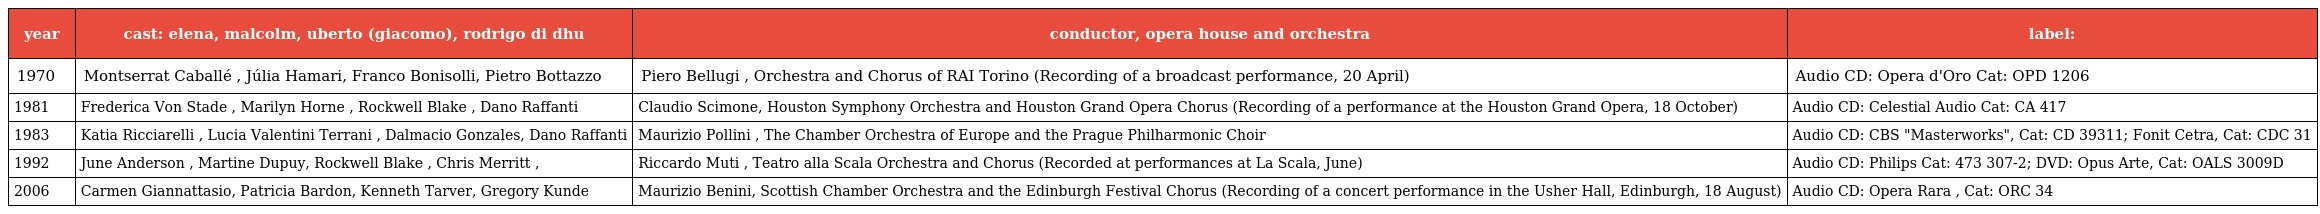
| year | cast: elena, malcolm, uberto (giacomo), rodrigo di dhu | conductor, opera house and orchestra | label: |
 | --- | --- | --- | --- |
 | 1970 | Montserrat Caballé , Júlia Hamari, Franco Bonisolli, Pietro Bottazzo | Piero Bellugi , Orchestra and Chorus of RAI Torino (Recording of a broadcast performance, 20 April) | Audio CD: Opera d'Oro Cat: OPD 1206 |
 | 1981 | Frederica Von Stade , Marilyn Horne , Rockwell Blake , Dano Raffanti | Claudio Scimone, Houston Symphony Orchestra and Houston Grand Opera Chorus (Recording of a performance at the Houston Grand Opera, 18 October) | Audio CD: Celestial Audio Cat: CA 417 |
 | 1983 | Katia Ricciarelli , Lucia Valentini Terrani , Dalmacio Gonzales, Dano Raffanti | Maurizio Pollini , The Chamber Orchestra of Europe and the Prague Philharmonic Choir | Audio CD: CBS "Masterworks", Cat: CD 39311; Fonit Cetra, Cat: CDC 31 |
 | 1992 | June Anderson , Martine Dupuy, Rockwell Blake , Chris Merritt , | Riccardo Muti , Teatro alla Scala Orchestra and Chorus (Recorded at performances at La Scala, June) | Audio CD: Philips Cat: 473 307-2; DVD: Opus Arte, Cat: OALS 3009D |
 | 2006 | Carmen Giannattasio, Patricia Bardon, Kenneth Tarver, Gregory Kunde | Maurizio Benini, Scottish Chamber Orchestra and the Edinburgh Festival Chorus (Recording of a concert performance in the Usher Hall, Edinburgh, 18 August) | Audio CD: Opera Rara , Cat: ORC 34 |